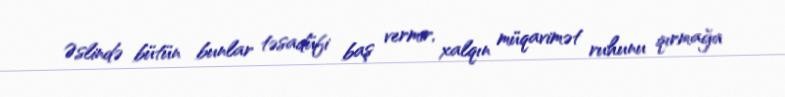
Əslində bütün bunlar təsadüfi baş vermir, xalqın müqavimət ruhunu qırmağa